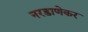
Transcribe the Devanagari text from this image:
नरडाणेकर